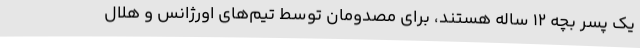
یک پسر بچه ۱۲ ساله هستند، برای مصدومان توسط تیم‌های اورژانس و هلال